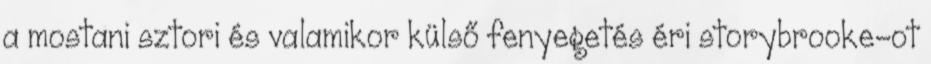
a mostani sztori és valamikor külső fenyegetés éri storybrooke-ot